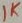
Text: 1K